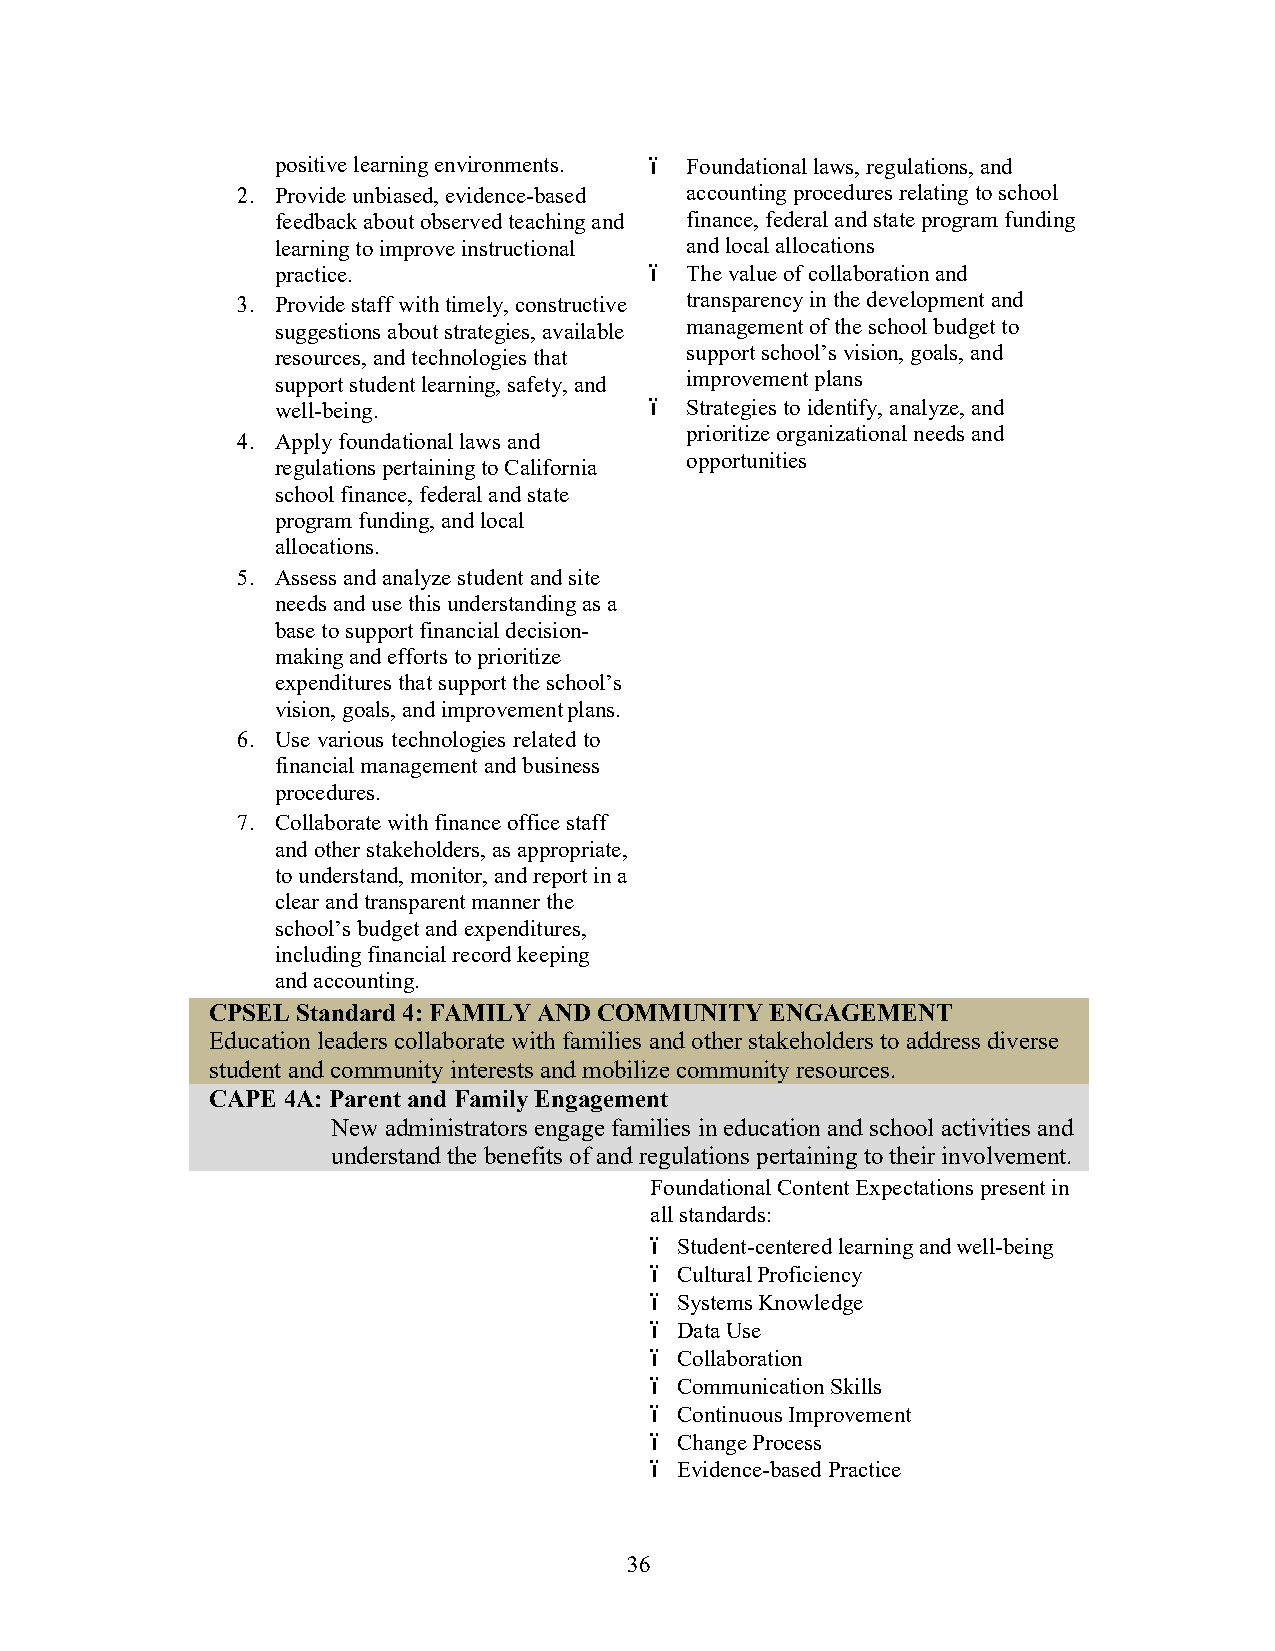
positive learning environments. ï Foundational laws, regulations, and
 2. Provide unbiased, evidence-based accounting procedures relating to school
 feedback about observed teaching and finance, federal and state program funding
 learning to improve instructional and local allocations
 practice.                ï The value of collaboration and
 3. Provide staff with timely, constructive transparency in the development and
 suggestions about strategies, available management of the school budget to
 resources, and technologies that support school’s vision, goals, and
 support student learning, safety, and improvement plans
 well-being.              ï Strategies to identify, analyze, and
 prioritize organizational needs and
 4. Apply foundational laws and
 opportunities
 regulations pertaining to California
 school finance, federal and state
 program funding, and local
 allocations.
 5. Assess and analyze student and site
 needs and use this understanding as a
 base to support financial decision-
 making and efforts to prioritize
 expenditures that support the school’s
 vision, goals, and improvement plans.
 6. Use various technologies related to
 financial management and business
 procedures.
 7. Collaborate with finance office staff
 and other stakeholders, as appropriate,
 to understand, monitor, and report in a
 clear and transparent manner the
 school’s budget and expenditures,
 including financial record keeping
 and accounting.
 CPSEL Standard 4: FAMILY AND COMMUNITY ENGAGEMENT
 Education leaders collaborate with families and other stakeholders to address diverse
 student and community interests and mobilize community resources.
 CAPE 4A: Parent and Family Engagement
 New administrators engage families in education and school activities and
 understand the benefits of and regulations pertaining to their involvement.
 Foundational Content Expectations present in
 all standards:
 ï Student-centered learning and well-being
 ï Cultural Proficiency
 ï Systems Knowledge
 ï Data Use
 ï Collaboration
 ï Communication Skills
 ï Continuous Improvement
 ï Change Process
 ï Evidence-based Practice
 36